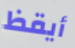
أيقظ